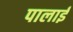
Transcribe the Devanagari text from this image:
पालाई